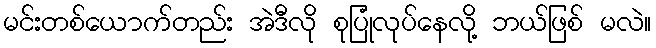
မင်းတစ်ယောက်တည်း အဲဒီလို စုပြုံလုပ်နေလို့ ဘယ်ဖြစ် မလဲ။